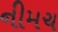
નીમચ